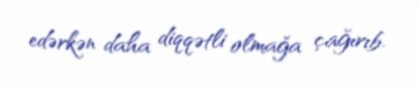
edərkən daha diqqətli olmağa çağırıb.